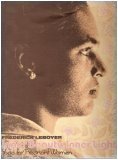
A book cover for Inner beauty, inner light; Frederick Leboyer; Health, Fitness & Dieting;